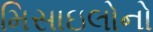
મિસાઇલોનો